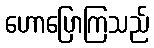
ဟောပြောကြသည်